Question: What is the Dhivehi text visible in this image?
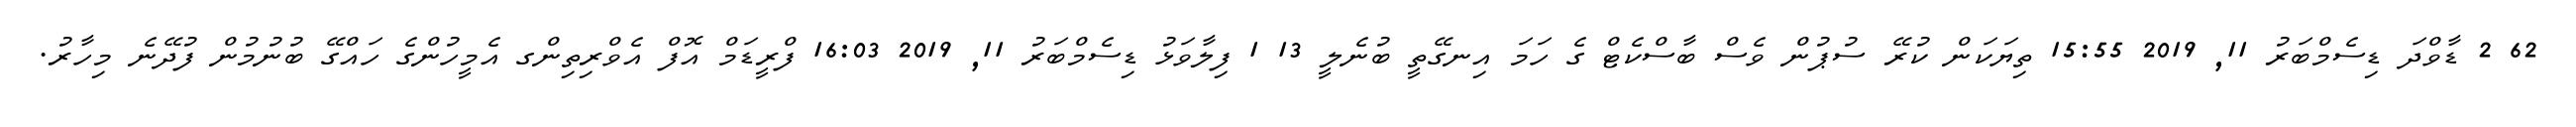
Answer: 62 2 ޑާވްދަ ޑިސެމްބަރު 11, 2019 15:55 ތިޔަކަން ކުރޭ ސުޕުން ވެސް ބާސްކެޓް ގެ ހަމަ އިނގޭތީ ބުނެލީ 13 1 ފިލާވަޅު ޑިސެމްބަރު 11, 2019 16:03 ފްރީޑަމް އޮފް އެވްރިތިންގ އެމީހުންގެ ހައްގޭ ބުނުމުން ފުދޭނެ މިހާރު.